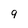
Character: 9